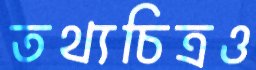
তথ্যচিত্রও